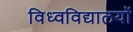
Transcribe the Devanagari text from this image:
विध्वविद्यालयों